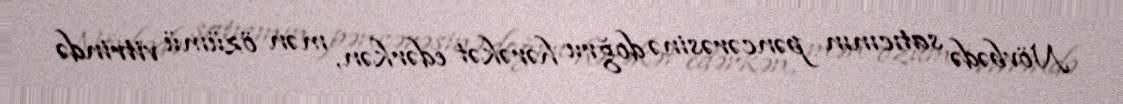
Növbədə satıcının pəncərəsinə doğru hərəkət edərkən, mən özümü vitrində